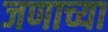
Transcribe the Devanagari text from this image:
जणाच्या